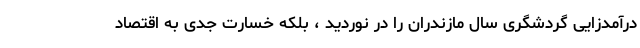
درآمدزایی گردشگری سال مازندران را در نوردید ، بلکه خسارت جدی به اقتصاد